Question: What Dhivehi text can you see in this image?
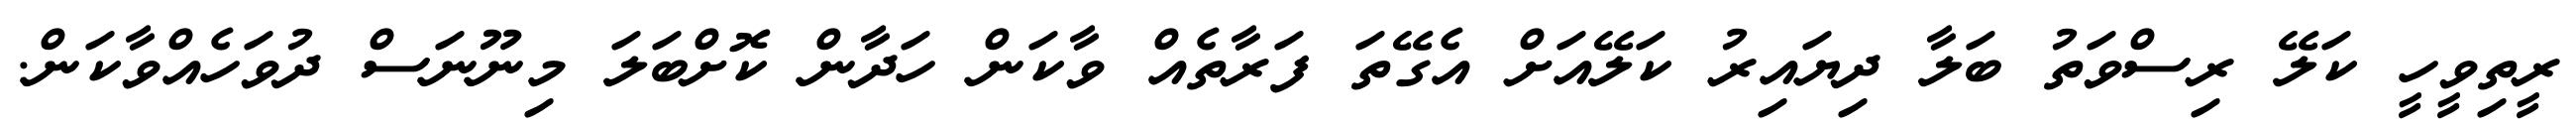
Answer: ރީތިވީހީ ކަލޭ ރިސްވަތު ބަލާ ދިޔައިރު ކަލޭއަށް އެގޭތަ ފަރާތެއް ވާކަން ހަދާން ކޮށްބަލަ މިނޫނަސް ދުވަހެއްވާކަން.